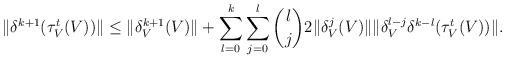
LaTeX: \begin{align*} \|\delta^{k+1}(\tau_V^t(V))\| &\leq \|\delta_V^{k+1}(V)\| + \sum_{l=0}^k \sum_{j=0}^l {l \choose j} 2\|\delta_V^j(V)\| \| \delta_V^{l-j} \delta^{k-l} (\tau_V^t(V)) \|. \end{align*}